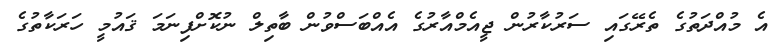
އެ މުއްދަތުގެ ތެރޭގައި ސަރުކާރުން ޖީއެމްއާރުގެ އެއްބަސްވުން ބާތިލް ނުކޮށްފިނަމަ ޤައުމީ ހަރަކާތުގެ